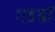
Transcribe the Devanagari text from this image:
गडढों